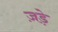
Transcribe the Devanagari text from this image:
ज़ड़े